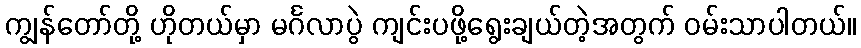
ကျွန်တော်တို့ ဟိုတယ်မှာ မင်္ဂလာပွဲ ကျင်းပဖို့ရွေးချယ်တဲ့အတွက် ဝမ်းသာပါတယ်။